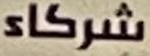
شركاء